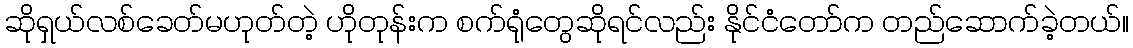
ဆိုရှယ်လစ်ခေတ်မဟုတ်တဲ့ ဟိုတုန်းက စက်ရုံတွေဆိုရင်လည်း နိုင်ငံတော်က တည်ဆောက်ခဲ့တယ်။